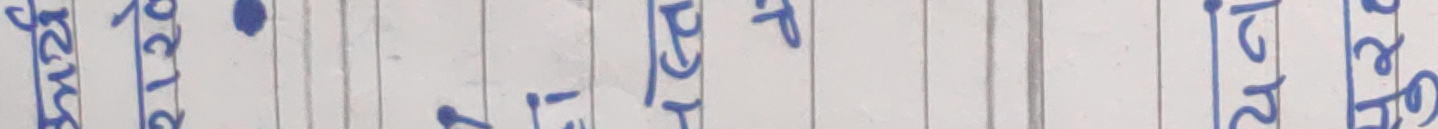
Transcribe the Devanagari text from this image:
युक्त • प्राप्त १२३ प्राप्त र १२३